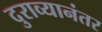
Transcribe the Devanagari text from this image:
दुराव्यानंतर